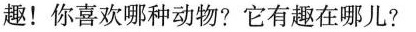
趣！你喜欢哪种动物？它有趣在哪儿？